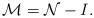
LaTeX: \begin{align*} \mathcal{M}=\mathcal{N}-I.\end{align*}